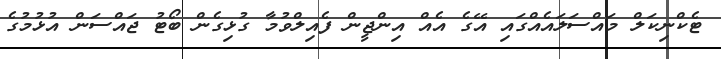
ޓެކްނިކަލް މައްސަލައެއްގައި އޭގެ އެއް އިންޖީން ފެއިލްވުމާ ގުޅިގެން ބޯޓު ޖައްސަން އުޅުމުގެ